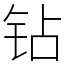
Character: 钻